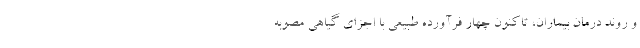
و روند درمان بیماران، تاکنون چهار فرآورده طبیعی با اجزای گیاهی مصوبه